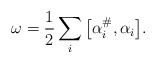
\begin{align*} \omega = \frac{1}{2} \sum_i \big[\alpha_i^\#,\alpha_i\big].\end{align*}